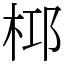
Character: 桏